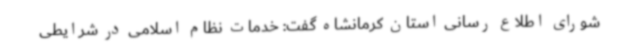
شورای اطلاع رسانی استان کرمانشاه گفت: خدمات نظام اسلامی در شرایطی